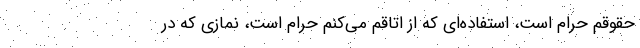
حقوقم حرام است، استفاده‌ای که از اتاقم می‌کنم حرام است، نمازی که در